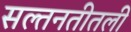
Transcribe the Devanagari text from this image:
सल्तनतीतली